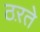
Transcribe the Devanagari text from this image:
ठऱते